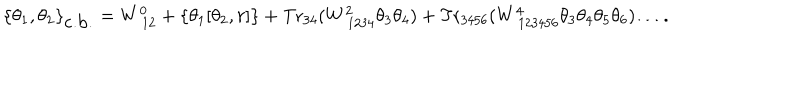
LaTeX: \{ \theta _ { 1 } , \theta _ { 2 } \} _ { \mathrm { c . b . } } = W _ { ~ 1 2 } ^ { 0 } + \left\{ \theta _ { 1 } [ \theta _ { 2 } , r ] \right\} + \mathrm { T r } _ { 3 4 } ( W _ { ~ 1 2 3 4 } ^ { 2 } \theta _ { 3 } \theta _ { 4 } ) + \mathrm { T r } _ { 3 4 5 6 } ( W _ { ~ 1 2 3 4 5 6 } ^ { 4 } \theta _ { 3 } \theta _ { 4 } \theta _ { 5 } \theta _ { 6 } ) \ldots .